Language: tamil
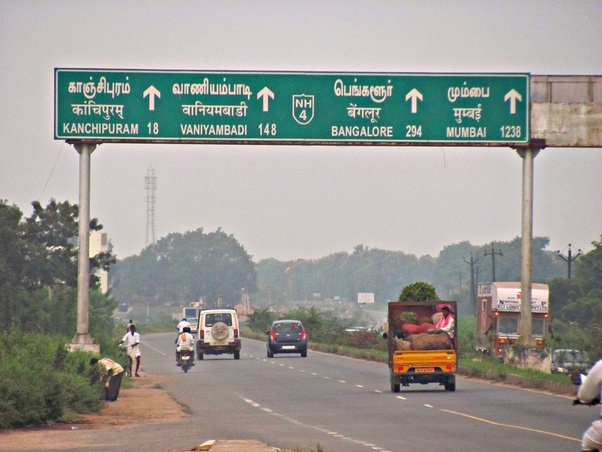
Transcription: வாணியம்பாடி காஞ்சிபுரம் பெங்களூா் மும்பை